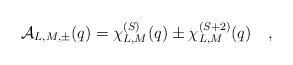
\begin{align*}{\cal A}_{L,M,\pm}(q) = \chi_{L,M}^{(S)}(q) \pm \chi_{L,M}^{(S+2)}(q) \quad,\end{align*}